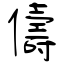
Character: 儔